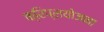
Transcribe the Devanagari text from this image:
क्रिप्सयोजना